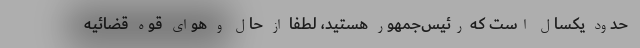
حدود یکسال است که رئیس‌جمهور هستید، لطفا از حال و هوای قوه قضائیه